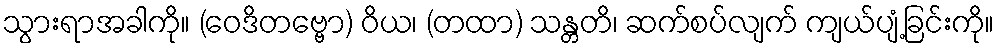
သွားရာအခါကို။ (ဝေဒိတဗ္ဗော) ဝိယ၊ (တထာ) သန္တတိ၊ ဆက်စပ်လျက် ကျယ်ပျံ့ခြင်းကို။